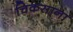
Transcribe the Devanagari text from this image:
चिकसाना